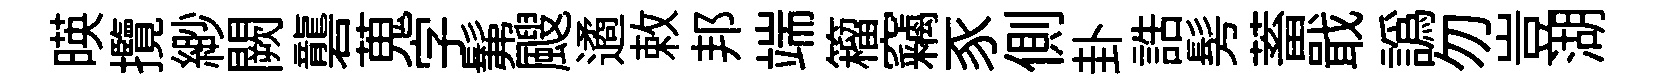
暎攬緲闕礱蒐字髴颼遹敕邦端籕竊豕側卦誥髣蓄戢譌勿豈湖